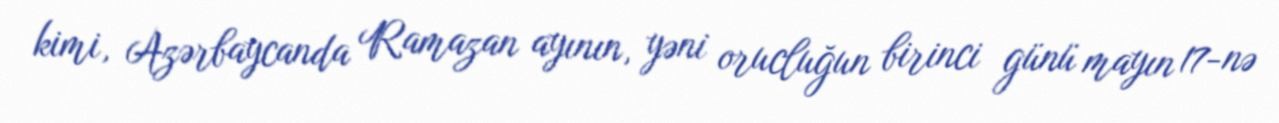
kimi, Azərbaycanda Ramazan ayının, yəni orucluğun birinci günü mayın 17-nə